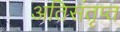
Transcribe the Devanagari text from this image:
अतिसंतृप्त